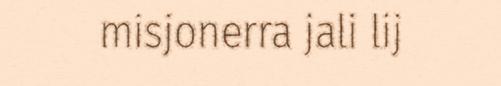
misjonerra jali lij